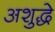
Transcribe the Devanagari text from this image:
अशुद्धे